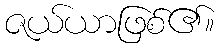
ဇယ်ယာဖြစ်၏။